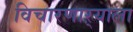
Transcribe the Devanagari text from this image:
विचारणाऱ्याला